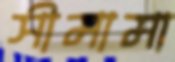
সীমামা